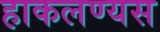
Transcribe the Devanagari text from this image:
हाकलण्यस